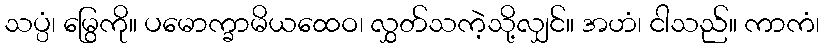
သပ္ပံ၊ မြွေကို။ ပမောက္ခာမိယထေဝ၊ လွှတ်သကဲ့သို့လျှင်။ အဟံ၊ ငါသည်။ ကာကံ၊